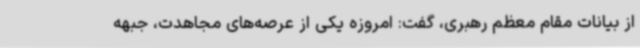
از بیانات مقام معظم رهبری، گفت: امروزه یکی از عرصه‌های مجاهدت، جبهه